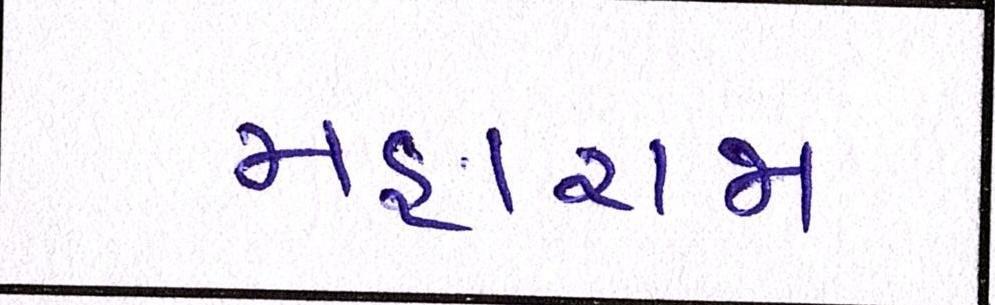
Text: મહારાજા